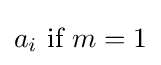
a_{i}{\text{ if }}m=1